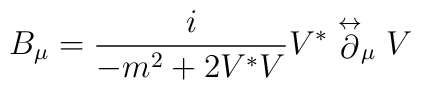
B_\mu=\frac{i}{-m^2+2V^*V}V^*\stackrel\leftrightarrow\partial_\mu V